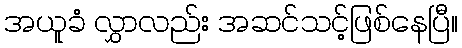
အယူခံ လွှာလည်း အဆင်သင့်ဖြစ်နေပြီ။